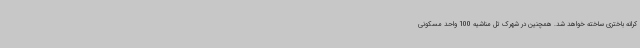
کرانه باختری ساخته خواهد شد. همچنین در شهرک تل مناشیه 100 واحد مسکونی